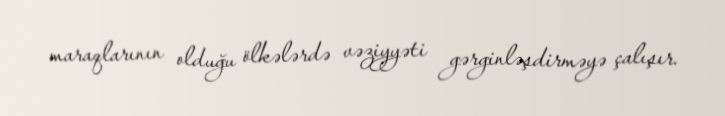
maraqlarının olduğu ölkələrdə vəziyyəti gərginləşdirməyə çalışır.